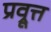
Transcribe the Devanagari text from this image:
प्रव्रूत्त